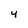
Character: 4